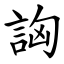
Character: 詾